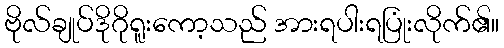
ဗိုလ်ချုပ်ဒိုဂိုရူးကော့သည် အားရပါးရပြုံးလိုက်၏။